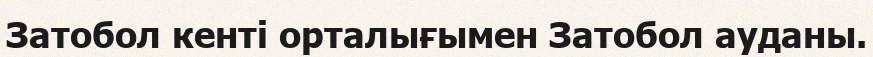
Затобол кенті орталығымен Затобол ауданы.